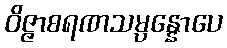
ဝိဇ္ဇာစရဏသမ္ပန္နောပေ